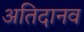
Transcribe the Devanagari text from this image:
अतिदानव